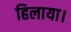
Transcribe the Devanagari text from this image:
हिलाया।